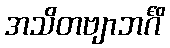
အသိတဗျာဘင်္ဂိ